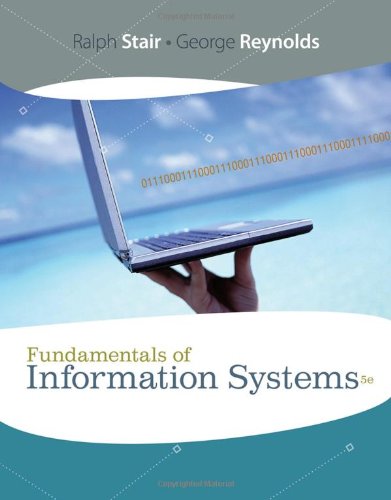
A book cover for Fundamentals of Information Systems (Available Titles Skills Assessment Manager (SAM) - Office 2010); Ralph Stair; Computers & Technology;